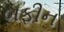
બફીન